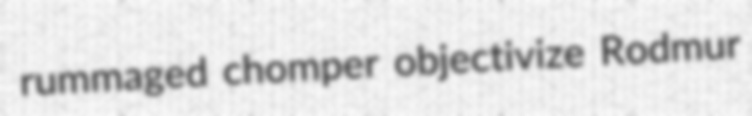
rummaged chomper objectivize Rodmur